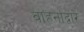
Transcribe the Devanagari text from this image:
वाहनांद्वारे